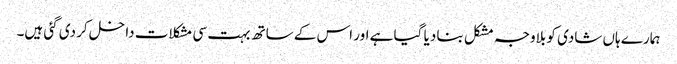
ہمارے ہاں شادی کو بلاوجہ مشکل بنا دیا گیا ہے اور اس کے ساتھ بہت سی مشکلات داخل کر دی گئی ہیں۔